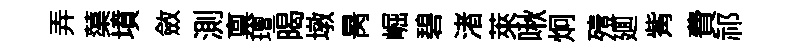
弄蕖墳斂測禀璮暍墩昺崛碧渚萊啾炯殪廽觜費祁